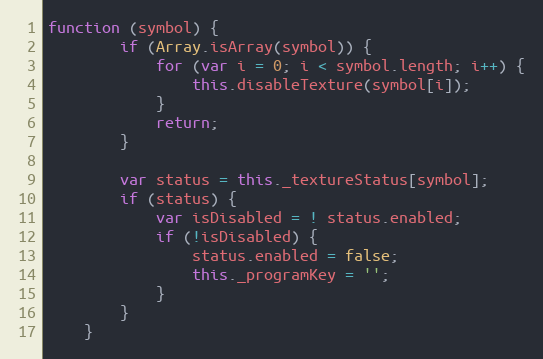
Language: JavaScript
function (symbol) {
        if (Array.isArray(symbol)) {
            for (var i = 0; i < symbol.length; i++) {
                this.disableTexture(symbol[i]);
            }
            return;
        }

        var status = this._textureStatus[symbol];
        if (status) {
            var isDisabled = ! status.enabled;
            if (!isDisabled) {
                status.enabled = false;
                this._programKey = '';
            }
        }
    }